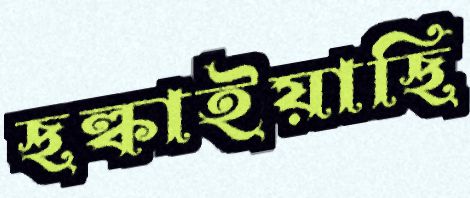
ছল্‌কাইয়াছি